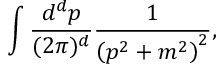
\int { \frac { d ^ { d } p } { ( 2 \pi ) ^ { d } } } { \frac { 1 } { \left( p ^ { 2 } + m ^ { 2 } \right) ^ { 2 } } } ,